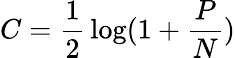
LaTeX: C={\frac{1}{2}}\log(1+{\frac{P}{N}})